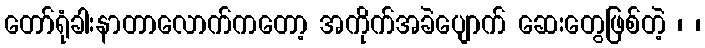
တော်ရုံခါးနာတာလောက်ကတော့ အကိုက်အခဲပျောက် ဆေးတွေဖြစ်တဲ့ ၊ ၊